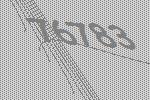
76783